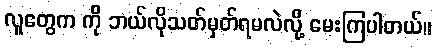
လူတွေက ကို ဘယ်လိုသတ်မှတ်ရမလဲလို့ မေးကြပါတယ်။